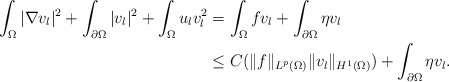
\begin{align*}\begin{aligned}\int_{\Omega}|\nabla v_{l}|^{2}+\int_{\partial\Omega}|v_{l}|^{2}+\int_{\Omega}u_{l}v_{l}^{2}&=\int_{\Omega}fv_{l}+\int_{\partial\Omega}\eta v_{l}\\&\le C(\|f\|_{L^{p}(\Omega)}\|v_{l}\|_{H^{1}(\Omega)})+\int_{\partial\Omega}\eta v_{l}.\end{aligned}\end{align*}